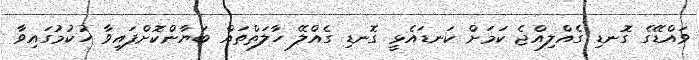
ވައްޑޭގެ ގޮނޑި ގެއްލިއްޖެ ކަމަށް ކަނޑައެޅީ ގޮނޑި ގެއްލޭ ހާލަތްތައް ބަޔާންކޮށްފައިވާ ހުކުމުގައިވާ